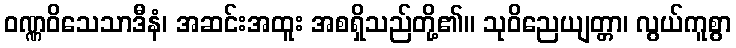
ဝဏ္ဏဝိသေသာဒီနံ၊ အဆင်းအထူး အစရှိသည်တို့၏။ သုဝိညေယျတ္တာ၊ လွယ်ကူစွာ